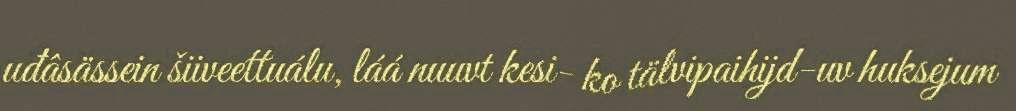
uđâsässein šiiveettuálu, láá nuuvt kesi- ko tälvipaihijd-uv huksejum